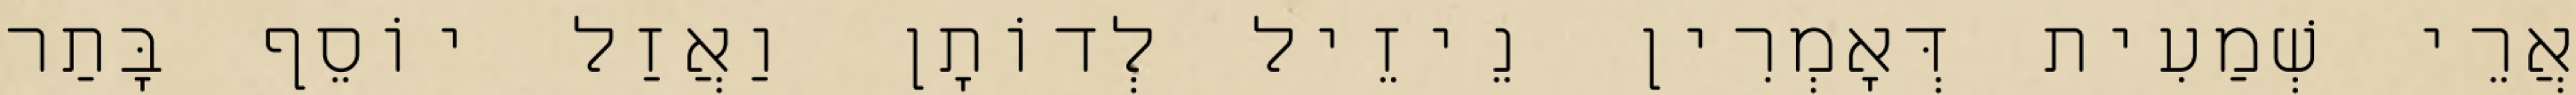
אֲרֵי שְׁמַעִית דְּאָמְרִין נֵיזֵיל לְדוֹתָן וַאֲזַל יוֹסֵף בָּתַר